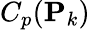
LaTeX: C_{p}(\mathbf{P}_{k})